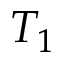
T _ { 1 }